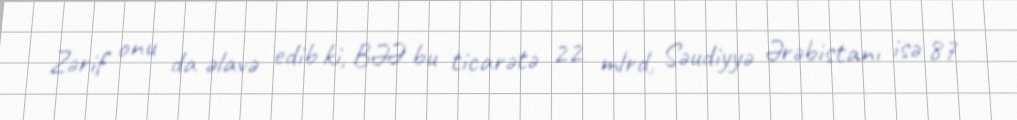
Zərif onu da əlavə edib ki, BƏƏ bu ticarətə 22 mlrd, Səudiyyə Ərəbistanı isə 87